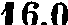
16.0